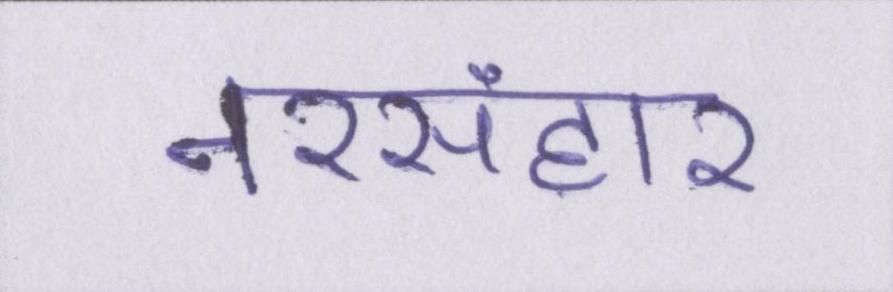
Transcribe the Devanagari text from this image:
नरसंहार